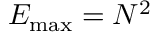
E _ { \operatorname* { m a x } } = N ^ { 2 }